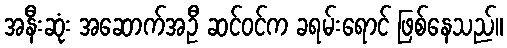
အနီးဆုံး အဆောက်အဦ ဆင်ဝင်က ခရမ်းရောင် ဖြစ်နေသည်။